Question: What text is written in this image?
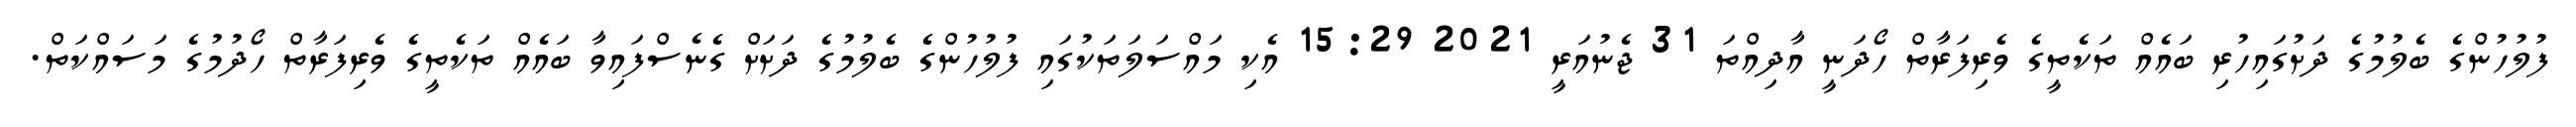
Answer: ފުލުހުންގެ ބެލުމުގެ ދަށުގައިހުރި ބައެއް ތަކެތީގެ ވެރިފަރާތް ހޯދަނީ އާދިއްތަ 31 ޖެނުއަރީ 2021 15:29 އެކި މައްސަލަތަކުގައި ފުލުހުންގެ ބެލުމުގެ ދަށަށް ގެނެސްފައިވާ ބައެއް ތަކެތީގެ ވެރިފަރާތް ހޯދުމުގެ މަސައްކަތް.